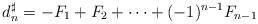
LaTeX: \begin{align*}d_n^\sharp=-F_1+F_2+\dots+(-1)^{n-1}F_{n-1}\end{align*}